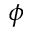
\phi